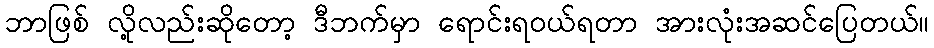
ဘာဖြစ် လို့လည်းဆိုတော့ ဒီဘက်မှာ ရောင်းရဝယ်ရတာ အားလုံးအဆင်ပြေတယ်။